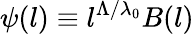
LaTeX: \psi(l)\equiv l^{\Lambda/\lambda_{0}}B(l)